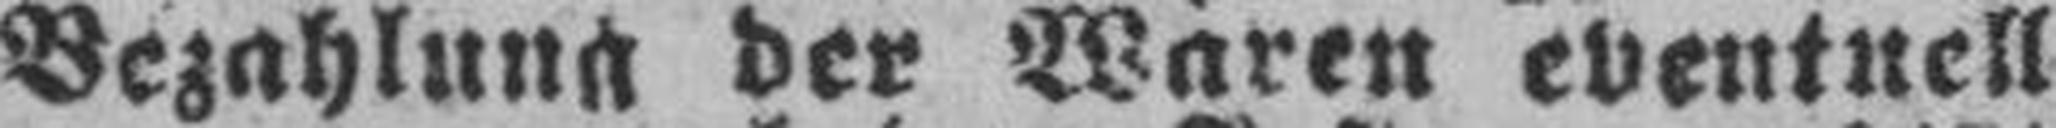
Bezahlung der Waren eventuell